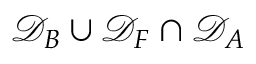
\mathcal { D } _ { B } \cup \mathcal { D } _ { F } \cap \mathcal { D } _ { A }